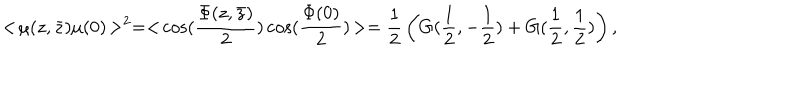
< \! \mu ( z , \bar { z } ) \mu ( 0 ) \! > ^ { 2 } = < \! \cos ( { \frac { \Phi ( z , \bar { z } ) } { 2 } } ) \cos ( { \frac { \Phi ( 0 ) } { 2 } } ) \! > = { \frac { 1 } { 2 } } \left( G ( { \frac { 1 } { 2 } } , - { \frac { 1 } { 2 } } ) + G ( { \frac { 1 } { 2 } } , { \frac { 1 } { 2 } } ) \right) ,